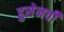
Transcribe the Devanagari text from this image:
हुसेनची